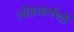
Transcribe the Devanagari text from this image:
ओष्ठकर्षणी